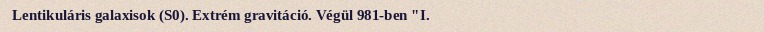
Lentikuláris galaxisok (S0). Extrém gravitáció. Végül 981-ben "I.